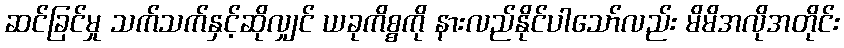
ဆင်ခြင်မှု သက်သက်နှင့်ဆိုလျှင် ယခုကိစ္စကို နားလည်နိုင်ပါသော်လည်း မိမိအလိုအတိုင်း